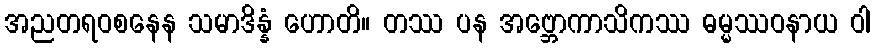
အညတရဝစနေန သမာဒိန္နံ ဟောတိ။ တဿ ပန အဗ္ဘောကာသိကဿ ဓမ္မဿဝနာယ ဝါ